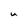
Character: U